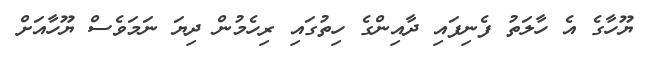
ޔޫހާގެ އެ ހާލަތު ފެނިފައި ދާއިންގެ ހިތުގައި ރިހެމުން ދިޔަ ނަމަވެސް ޔޫހާއަށް